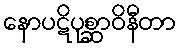
နောပဋိပုစ္ဆာဝိနီတာ